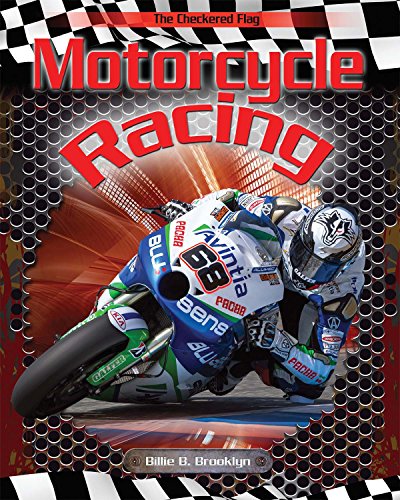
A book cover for Motorcycle Racing (Checkered Flag); Billie B. Brooklyn; Children's Books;